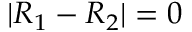
| R _ { 1 } - R _ { 2 } | = 0